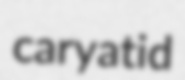
caryatid